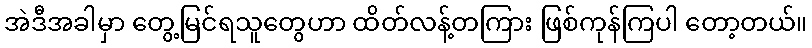
အဲဒီအခါမှာ တွေ့မြင်ရသူတွေဟာ ထိတ်လန့်တကြား ဖြစ်ကုန်ကြပါ တော့တယ်။